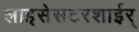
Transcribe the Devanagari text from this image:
लाइसेसटरशाईर्